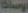
بوساطة